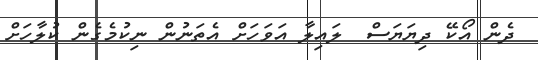
ދެން އޯކޭ ދިޔަޔަސް  ލައިލާ އަވަހަށް އެތަނުން ނިކުމެގެން ކުލާހަށް